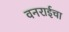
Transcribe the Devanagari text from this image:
वनराईचा